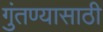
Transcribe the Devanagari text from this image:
गुंतण्यासाठी